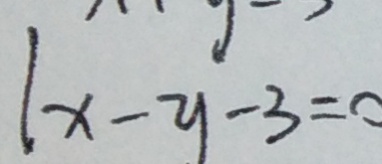
1 x - y - 3 = 0